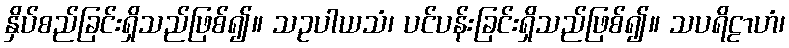
နှိပ်စည်ခြင်းရှိသည်ဖြစ်၍။ သဥပါယသံ၊ ပင်ပန်းခြင်းရှိသည်ဖြစ်၍။ သပရိဠာဟံ၊